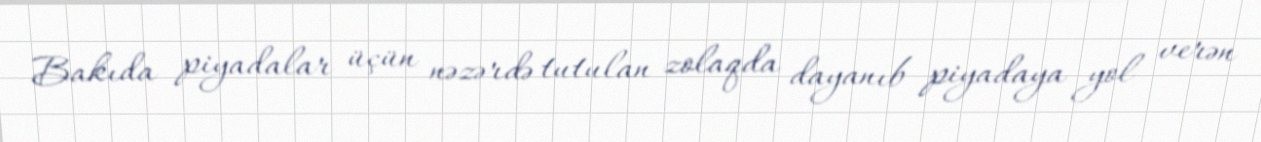
Bakıda piyadalar üçün nəzərdə tutulan zolaqda dayanıb piyadaya yol verən